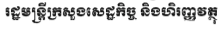
រដ្ឋមន្ត្ត្រីក្រសួងសេដ្ឋកិច្ច និងហិរញ្ញវត្ថូ